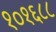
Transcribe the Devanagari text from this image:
१०१६८८